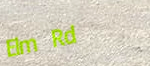
Elm Rd